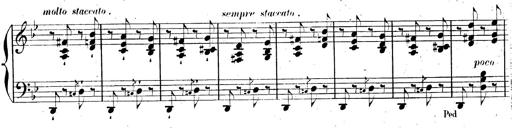
Title: AnnÃ©es de pÃ¨lerinage II, SupplÃ©ment
Composer: Franz Liszt